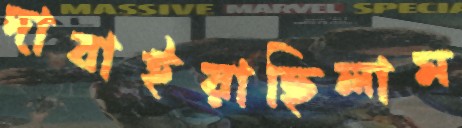
দাবাইয়াছিলাম